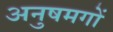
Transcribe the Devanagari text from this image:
अनुषमगों